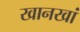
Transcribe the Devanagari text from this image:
खानखां